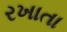
રખાતા